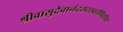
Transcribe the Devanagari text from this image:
श्रीवासुदेवानंदसरस्वतीविरचित